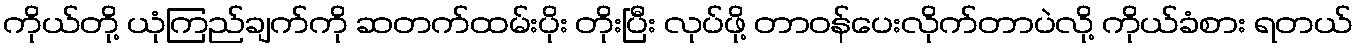
ကိုယ်တို့ ယုံကြည်ချက်ကို ဆတက်ထမ်းပိုး တိုးပြီး လုပ်ဖို့ တာဝန်ပေးလိုက်တာပဲလို့ ကိုယ်ခံစား ရတယ်